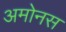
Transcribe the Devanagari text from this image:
अमोनस